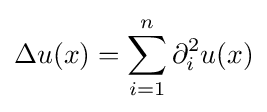
\Delta u(x)=\sum _{i=1}^{n}\partial _{i}^{2}u(x)